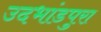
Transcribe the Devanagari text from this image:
उदभांडपुरा